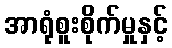
အာရုံစူးစိုက်မှုနှင့်